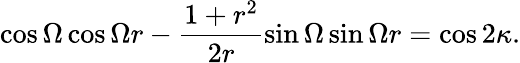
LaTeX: \cos\Omega\cos\Omega r-\frac{1+r^{2}}{2r}\sin\Omega\sin\Omega r=\cos 2\kappa.